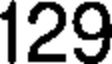
129